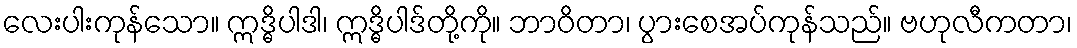
လေးပါးကုန်သော။ ဣဒ္ဓိပါဒါ၊ ဣဒ္ဓိပါဒ်တို့ကို။ ဘာဝိတာ၊ ပွားစေအပ်ကုန်သည်။ ဗဟုလီကတာ၊